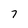
Character: 7